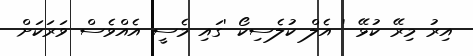
އިރު މިރޭ ކުޅޭ ' އެލް ކުލެސިކޯ 'ގައި މެސީ އެއްވެސް ވަރަކަށް